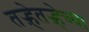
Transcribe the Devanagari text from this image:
तऱ्हेतऱ्हेच्या